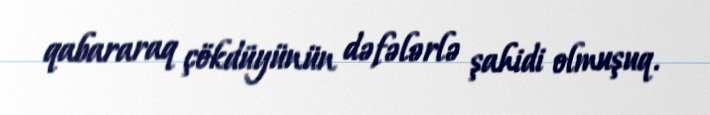
qabararaq çökdüyünün dəfələrlə şahidi olmuşuq.